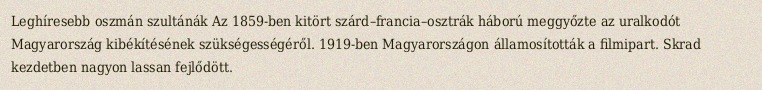
Leghíresebb oszmán szultánák Az 1859-ben kitört szárd–francia–osztrák háború meggyőzte az uralkodót Magyarország kibékítésének szükségességéről. 1919-ben Magyarországon államosították a filmipart. Skrad kezdetben nagyon lassan fejlődött.